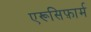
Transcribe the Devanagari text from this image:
एरूसिफ़ार्म